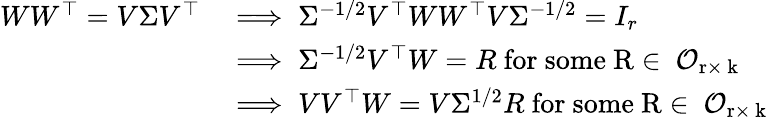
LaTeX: \begin{array}{rl}{WW^{\top}=V\Sigma V^{\top}}&{\implies\Sigma^{-1/2}V^{\top}WW^{\top}V\Sigma^{-1/2}=I_{r}}\\ &{\implies\Sigma^{-1/2}V^{\top}W=R\ \mathrm{for~some~R\in~\mathcal{O}_{r\times~k}~}}\\ &{\implies VV^{\top}W=V\Sigma^{1/2}R\ \mathrm{for~some~R\in~\mathcal{O}_{r\times~k}~}}\end{array}